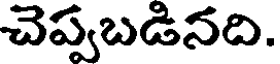
చెప్పబడినది.